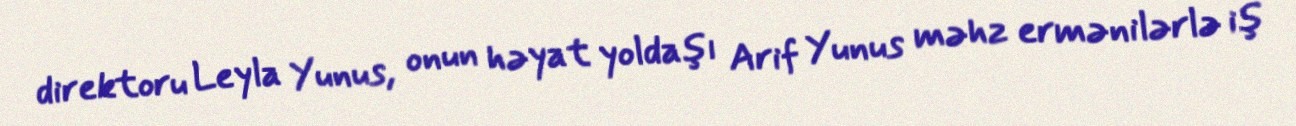
direktoru Leyla Yunus, onun həyat yoldaşı Arif Yunus məhz ermənilərlə iş